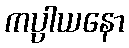
ကပ္ပါယနော